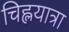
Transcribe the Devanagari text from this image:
चिह्लयात्रा